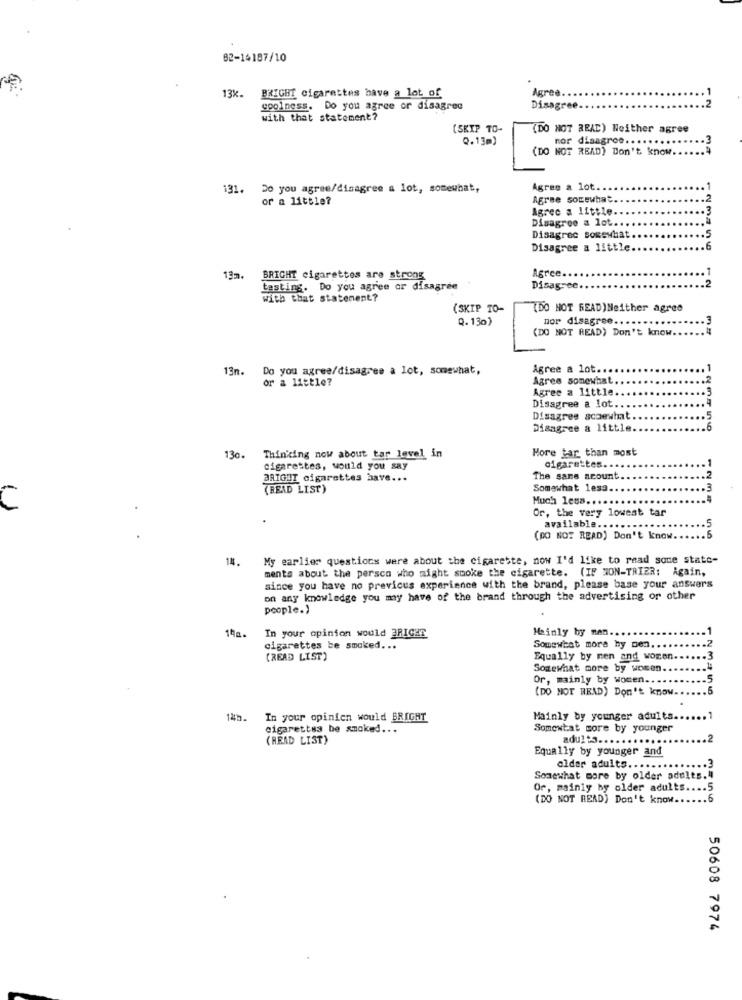
82-14187/10
Agree.
13k. BRIGHT cigarettes have a lot of
goolness. Do you agree or disagree
Disagree.
with that statement?
[SKIP TO-
(DO NOT READ) Neither agree
2.13m)
nor disagroe .....
(DO NOT READ) Don't know.
Do you agree/disagree a lot, somewhat,
Agree a lot. .
or a little?
Agree somewhat
Agrec a little.
Disagree a lot
Disagree somewhat
.5
Disagree a little.
.6
Agree.
13m. BRIGHT cigarettes are strong
tasting. Do you agree or disagree
Disagree.
with that statement?
(SKIP TO-
(DO NOT READ) Neither agree
Q.130)
nor disagree.
(DO NOT READ) Don't know.
13n.
Do you agree/disagree a lot, somewhat,
Agree a lot ..
or a little?
Agree somewhat
Agree a little
Disagree a lot.
Disagree scoewhat
Disagree a little
Hore tar than most
130. Thinking now about tar level in
cigarettes, would you say
cigarettes ..
aRIGHT cigarettes have ...
The sans acount
(READ LIST)
Somewhat 1esa.
Much less .....
C
Or, the very lowest tar
available ....
(DO NOT READ) Don't know.
14
My earlier questions were about the cigarette, now I'd like to read some state-
ments about the persco who might smoke the cigarette. (IF SON-TRIER: Again,
since you have no previous experience with the brand, please base your answers
on any knowledge you may have of the brand through the advertising or other
people.)
10a.
In your opinion would BRIGHT
Mainly by men .....
cigarettes be smoked. ..
Somewhat more by men ..
(READ LIST)
Equally by men and women.
Somewhat more by women.
Or, mainly by women ...
NMAL
(DO NOT READ) Don't know.
In your opinion would BRIGHT
Mainly by younger adults ..
cigarettes be smoked ...
Somewhat core by younger
(READ LIST)
adults ......
Equally by younger and
older adults ......
Somewhat more by older adults.
Or, mainly by older adults.
... 5
(DO NOT READ) Don't know ..
50608 7974